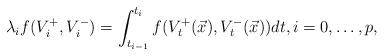
LaTeX: \begin{align*}\lambda_if(V_i^+,V_i^-)=\int_{t_{i-1}}^{t_i}f(V_t^+(\vec x),V_t^-(\vec x))dt, i=0,\ldots,p,\end{align*}